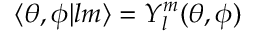
\langle \theta , \phi | l m \rangle = Y _ { l } ^ { m } ( \theta , \phi )